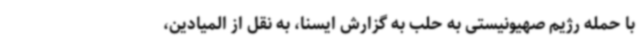
با حمله رژیم صهیونیستی به حلب به گزارش ایسنا، به نقل از المیادین،